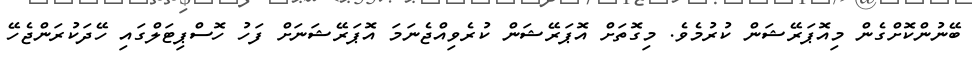
ބޭނުންކޮށްގެން މިއޮޕަރޭޝަން ކުރުމެވެ. މިގޮތަށް އޮޕަރޭޝަން ކުރެވިއްޖެނަމަ އޮޕަރޭޝަނަށް ފަހު ހޮސްޕިޓަލްގައި ހޭދަކުރަންޖެހޭ